Vaccination Hyderabad 1872-1889 - 1872-1889
Year: 1872
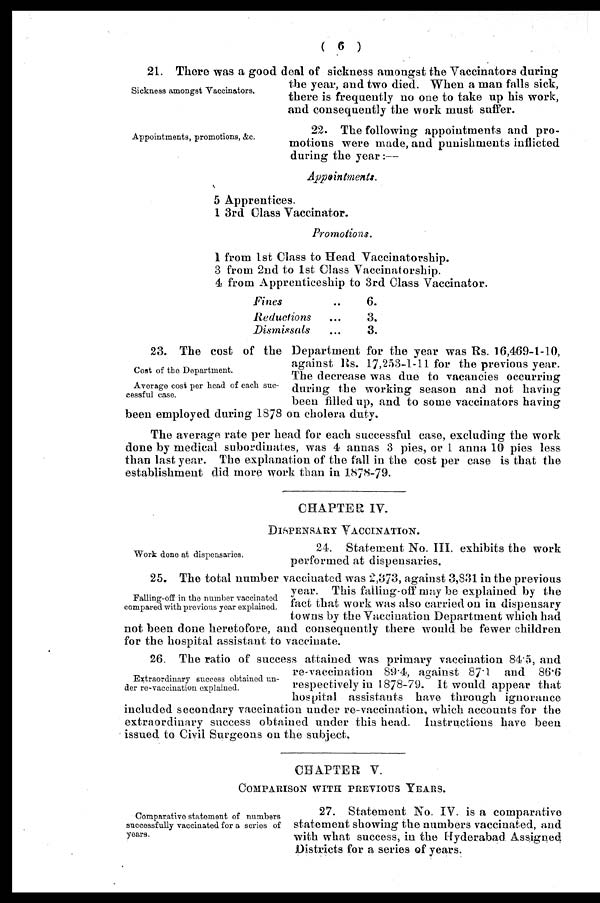
( 6 )
Sickness amongst Vaccinators.
21. There was a good deal of sickness amongst the Vaccinators during
the year, and two died. When a man falls sick,
there is frequently no one to take up his work,
and consequently the work must suffer.
Appointments, promotions, &c.
22. The following appointments and pro-
motions were made, and punishments inflicted
during the year:—
Appointments.
5 Apprentices.
1 3rd Class Vaccinator.
Promotions.
1 from 1st Class to Head Vaccinatorship.
3 from 2nd to 1st Class Vaccinatorship.
4 from Apprenticeship to 3rd Class Vaccinator.
Fines ..
Reductions ...
Dismissals ...
6.
3.
3.
Cost of the Department.
Average cost per head of each suc-
cessful case.
23. The cost of the Department for the year was Rs. 16,469-1-10,
against Rs. 17,253-1-11 for the previous year.
The decrease was due to vacancies occurring
during the working season and not having
been filled up, and to some vaccinators having
been employed during 1878 on cholera duty.
The average rate per head for each successful case, excluding the work
done by medical subordinates, was 4 annas 3 pies, or 1 anna 10 pies less
than last year. The explanation of the fall in the cost per case is that the
establishment did more work than in 1878-79.
CHAPTER IV.
DISPENSARY VACCINATION.
Work done at dispensaries.
24. Statement No. III. exhibits the work
performed at dispensaries.
Falling-off in the number vaccinated
compared with previous year explained.
25. The total number vaccinated was 2,373, against 3,831 in the previous
year. This falling-off may be explained by the
fact that work was also carried on in dispensary
towns by the Vaccination Department which had
not been done heretofore, and consequently there would be fewer children
for the hospital assistant to vaccinate.
Extraordinary success obtained un-
der re-vaccination explained.
26. The ratio of success attained was primary vaccination 84.5, and
re-vaccination 89.4, against 87.1 and 86.6
respectively in 1878-79. It would appear that
hospital assistants have through ignorance
included secondary vaccination under re-vaccination, which accounts for the
extraordinary success obtained under this head. Instructions have been
issued to Civil Surgeons on the subject.
CHAPTER V.
COMPARISON WITH PREVIOUS YEARS.
Comparative statement of numbers
successfully vaccinated for a series of
years.
27. Statement No. IV. is a comparative
statement showing the numbers vaccinated, and
with what success, in the Hyderabad Assigned
Districts for a series of years.